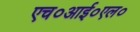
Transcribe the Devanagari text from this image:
एच०आई०एल०